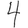
Digit: 4